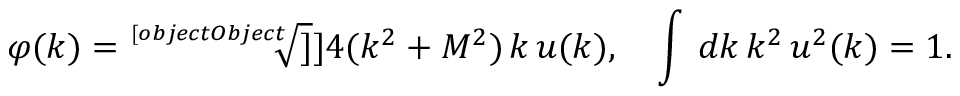
\varphi ( k ) = \sqrt [ [object Object] ] ] { 4 ( k ^ { 2 } + M ^ { 2 } ) } \, k \, u ( k ) , ~ ~ ~ \int \, d k \, k ^ { 2 } \, u ^ { 2 } ( k ) = 1 .